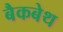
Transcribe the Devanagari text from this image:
बैकबेथ